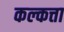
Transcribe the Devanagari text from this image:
कल्कत्ता